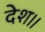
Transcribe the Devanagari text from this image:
देश।।